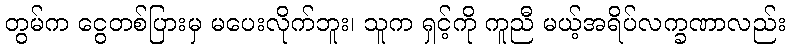
တွမ်က ငွေတစ်ပြားမှ မပေးလိုက်ဘူး၊ သူက ရှင့်ကို ကူညီ မယ့်အရိပ်လက္ခဏာလည်း